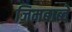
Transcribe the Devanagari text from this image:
ज़िमबाब्वे